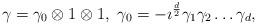
\begin{align*}\gamma = \gamma_0 \otimes 1 \otimes 1, \ \gamma_0 = -\imath^{\frac{d}{2}} \gamma_1 \gamma_2 \ldots \gamma_d,\end{align*}